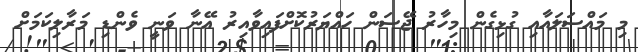
މި މައްސަލައާއި ގުޅިގެން މިހާރު ޖޭސަން ހައްޔަރުކޮށްފައިވާއިރު އޭނާ ވަނީ ވެންޑި މަރާލިކަމަށް